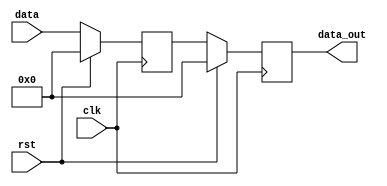
module synch #(
   parameter data_width = 8
) (
    input wire [data_width-1:0] data ,
    input wire rst,
    input wire clk,
    output reg [data_width-1:0] data_out
);

reg [data_width-1:0] Q ;


always @(posedge clk) begin
	if (rst ) begin 
	    Q<=0;
    	data_out<=0;
	end
	else begin
	    Q<=data;
    	data_out<=Q;
	end
end



    
endmodule